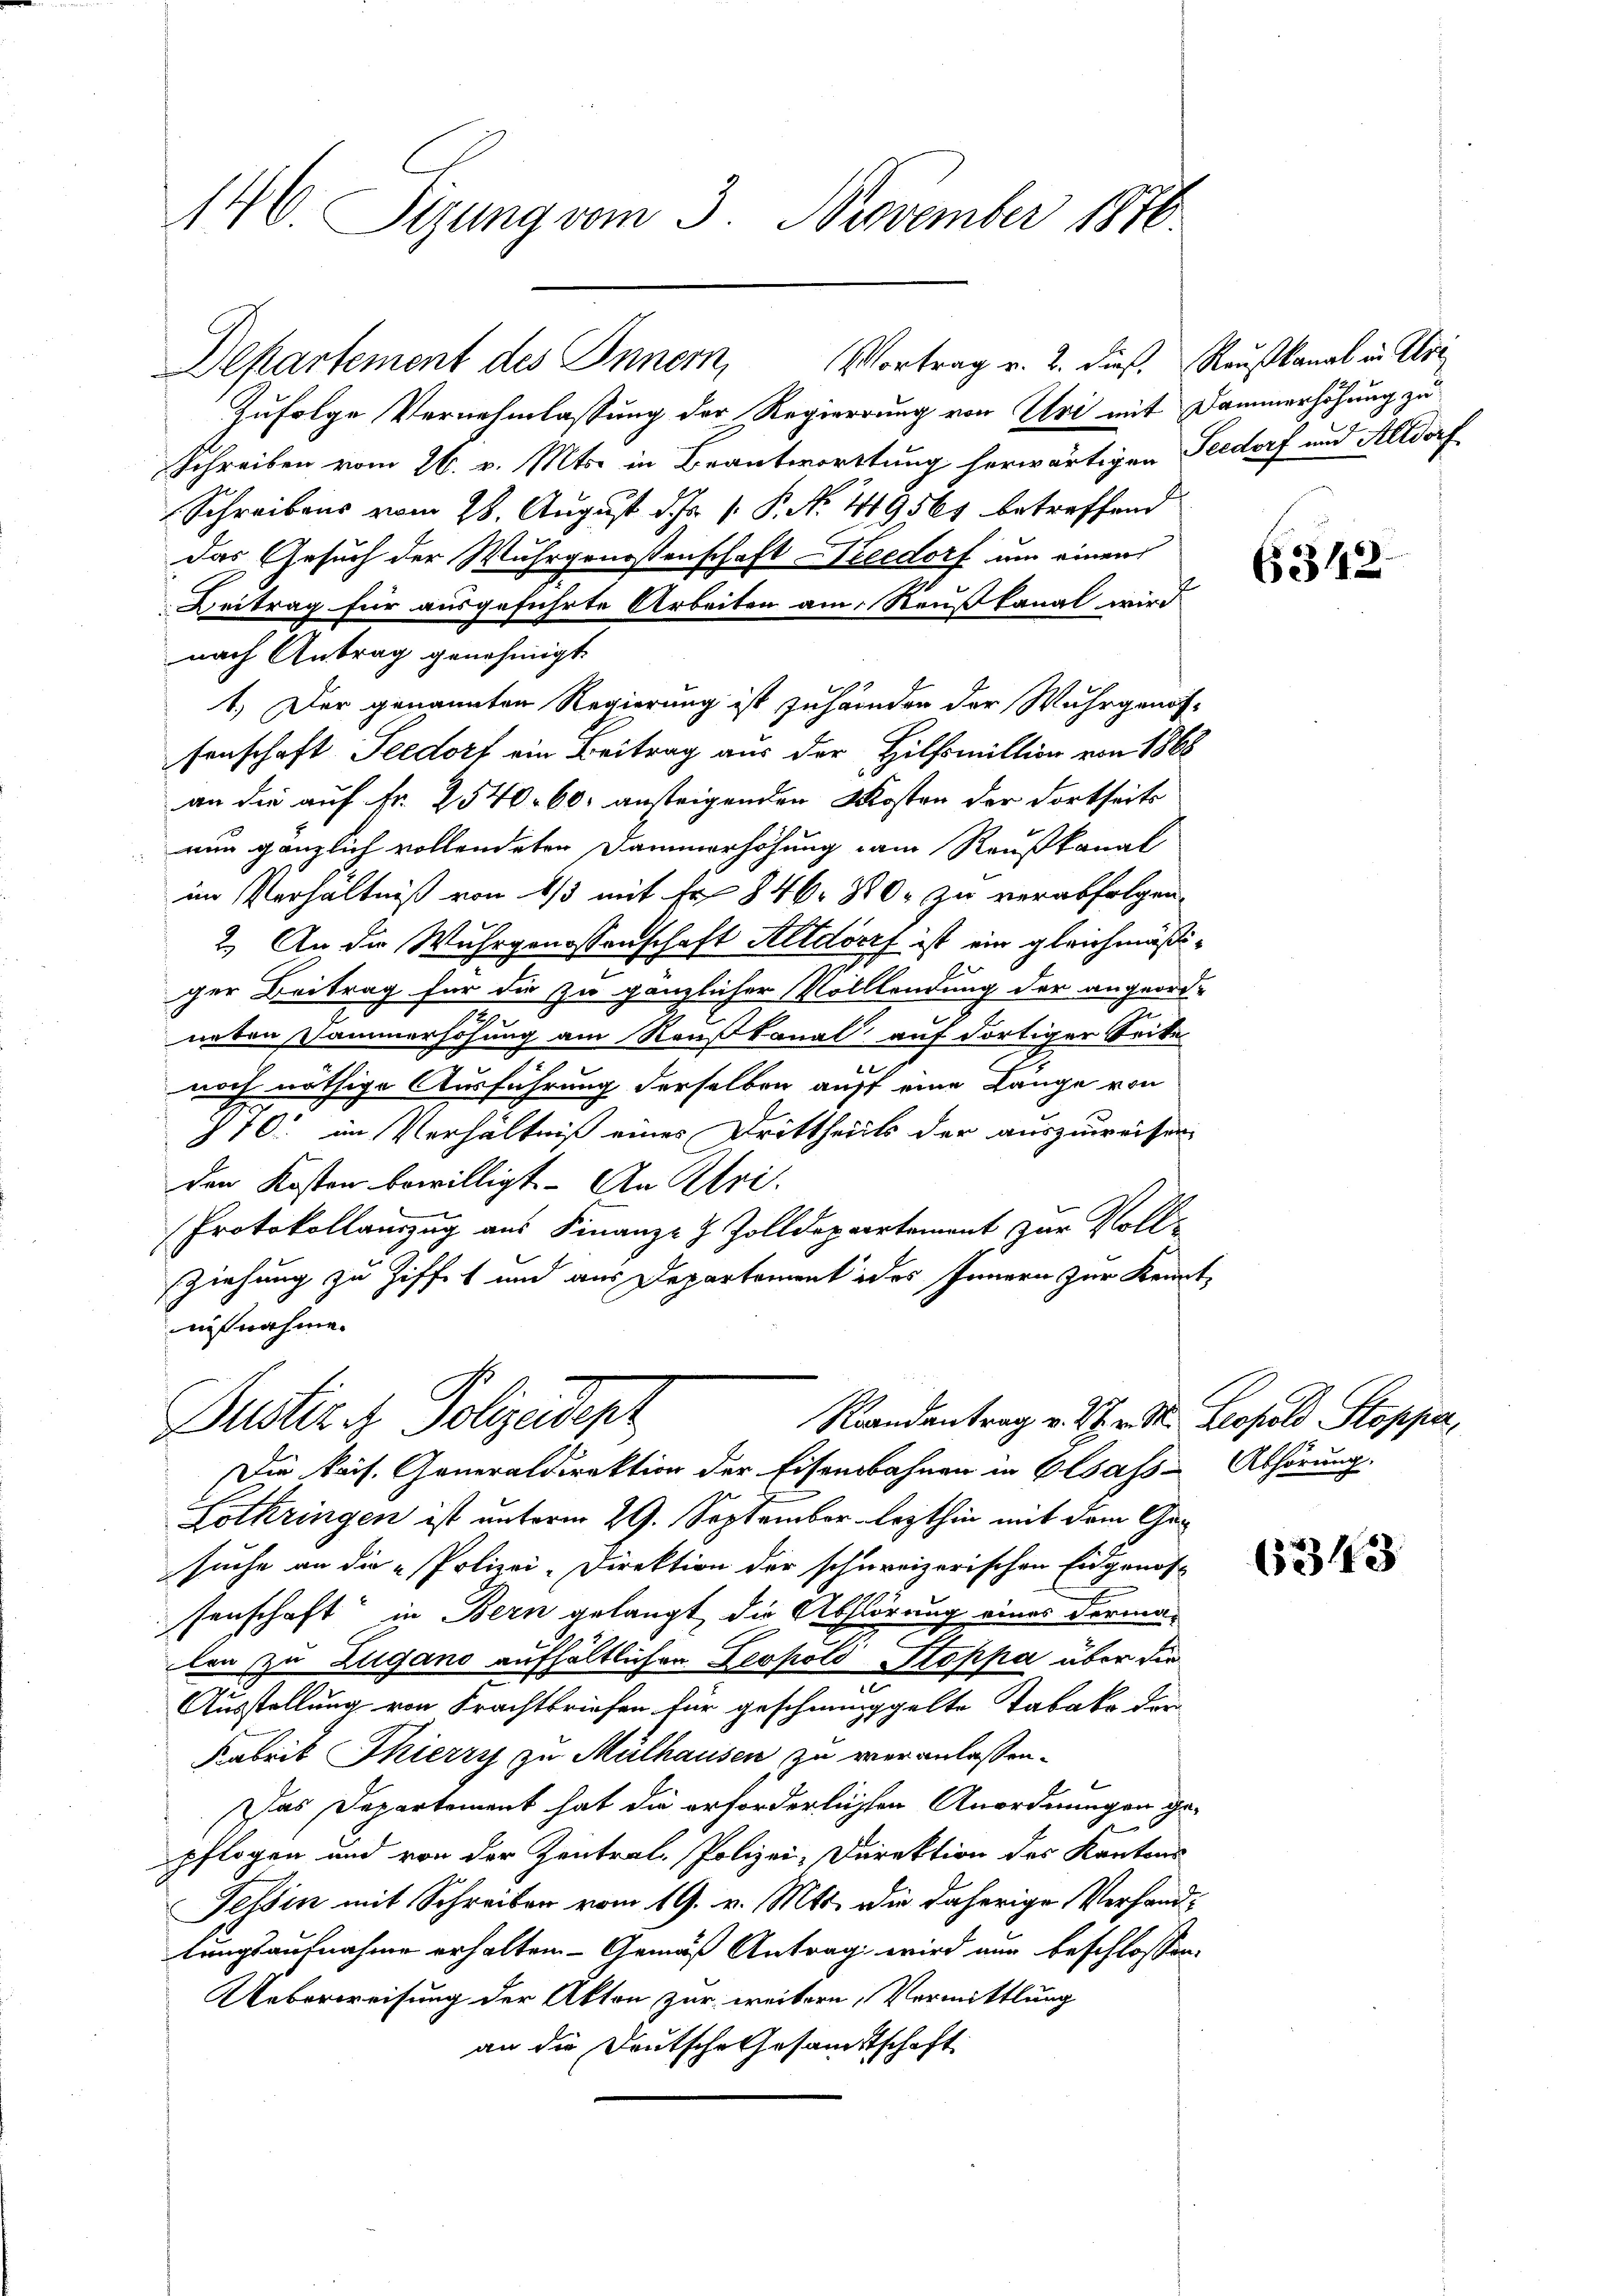
146. Sizung vom 3. November 1870

zufolge Vernehmlassung der Regierung von Uri mit Dammerhöhung zu
Schreiben vom 26. v. Mts. in Beantwortung herwärtigen Seedorf und Altdorf
Schreibens vom 28. August d. Js. v. P. N. 49565 betreffend
das Gesuch der Wuhrgenossenschaft Veedorf um einen
Beitrag für ausgeführte Arbeiten am Reußkanal wird
nach Antrag genehmigt.
1.) Der genannten Regierung ist zuhänden der Wuhrgenos-
senschaft Seedorf ein Beitrag aus der Hilfsmiltion von 1868
an die auf Fr. 2540. 60. ansteigenden Kosten der dortseits
nun gänzlich vollendeten Dammerhöhung vom Raußkanal
im Verhältniß von 1/3 mit Fr. 846. 880 zu verabfolgen.
2.) An die Wuhrgenossenschaft Altdorf ist ein gleichmäßiger Beitrag für die zu gänzlicher Volllendung der angeord-
neten Sammerhöhung am Raußkanal auf dortiger Seite
2t
noch nöthige Ausführung derselben auff eine Länge von
770. im Verhältniß eines Drittheits der auszuweisen
den Kosten bewilligt. An Uri.
Protokollauszug aus Finanz- & Zolldepartement, zur Voll-
Ziehung zu Ziffet und aus Departement ides Innern zur Kennt-
aufnahme.

Departement des Innern, Vortrag v. 2. dieß, Raußkanal in Aloi

Randentrag v. M. v. St. Leopold Stopper,
Justiz z. Polizeidep

Die kais. Generaldirektion der Eisenbahnen in Elsass Abhörung.
Lothringen ist unterm 29. September lezthin mit dem Gesuche an die Polizei-Direktion der schweizerischen Eidgenos-
senschaft in Bern gelangt die Abhörung eines dermalen zu Zugano aufhältlichen Leopold Stoppa über die
e
Ausstellung von Frachtbriefen für geschmuggelte Tabako de
Arbeit Thierry zu Mülhausen zu veranlassen.
Das Departement hat die erforderlichen Anordnungen gepflogen und von der Zentral-Polizei-Direktion des Kantons
Tessin mit Schreiben vom 19. v. Mts. die daherige Verhandlungsaufnahme erhalten - Gemäß Antrag wird nun beschlossen:
Ueberweisung der Akten zur weitern, Vermittlung
an die Deutsche Gesamtschaft

6342.

1

6343